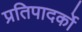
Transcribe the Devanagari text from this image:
प्रतिपादर्को